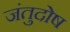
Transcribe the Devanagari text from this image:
जंतुदोष